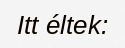
Itt éltek: